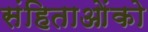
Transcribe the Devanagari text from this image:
संहिताओंको